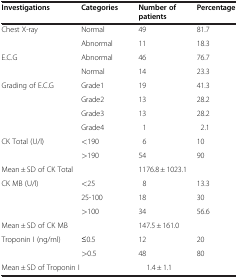
<table><thead><tr><td><b>Investigations</b></td><td><b>Categories</b></td><td><b>Number of patients</b></td><td><b>Percentage</b></td></tr></thead><tbody><tr><td rowspan="2">Chest X-ray</td><td>Normal</td><td>49</td><td>81.7</td></tr><tr><td>Abnormal</td><td>11</td><td>18.3</td></tr><tr><td rowspan="2">E.C.G</td><td>Abnormal</td><td>46</td><td>76.7</td></tr><tr><td>Normal</td><td>14</td><td>23.3</td></tr><tr><td rowspan="4">Grading of E.C.G</td><td>Grade1</td><td>19</td><td>41.3</td></tr><tr><td>Grade2</td><td>13</td><td>28.2</td></tr><tr><td>Grade3</td><td>13</td><td>28.2</td></tr><tr><td>Grade4</td><td>1</td><td>2.1</td></tr><tr><td rowspan="2">CK Total (U/l)</td><td>&lt;190</td><td>6</td><td>10</td></tr><tr><td>&gt;190</td><td>54</td><td>90</td></tr><tr><td colspan="2">Mean ± SD of CK Total</td><td colspan="2">1176.8 ± 1023.1</td></tr><tr><td rowspan="3">CK MB (U/l)</td><td>&lt;25</td><td>8</td><td>13.3</td></tr><tr><td>25-100</td><td>18</td><td>30</td></tr><tr><td>&gt;100</td><td>34</td><td>56.6</td></tr><tr><td colspan="2">Mean ± SD of CK MB</td><td colspan="2">147.5 ± 161.0</td></tr><tr><td rowspan="2">Troponin I (ng/ml)</td><td>≤0.5</td><td>12</td><td>20</td></tr><tr><td>&gt;0.5</td><td>48</td><td>80</td></tr><tr><td colspan="2">Mean ± SD of Troponin I</td><td colspan="2">1.4 ± 1.1</td></tr></tbody></table>